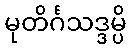
မုတိင်္ဂသဒ္ဒမ္ပိ